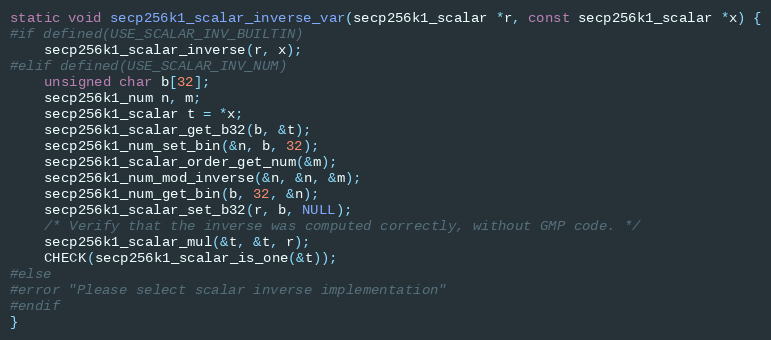
Language: C
static void secp256k1_scalar_inverse_var(secp256k1_scalar *r, const secp256k1_scalar *x) {
#if defined(USE_SCALAR_INV_BUILTIN)
    secp256k1_scalar_inverse(r, x);
#elif defined(USE_SCALAR_INV_NUM)
    unsigned char b[32];
    secp256k1_num n, m;
    secp256k1_scalar t = *x;
    secp256k1_scalar_get_b32(b, &t);
    secp256k1_num_set_bin(&n, b, 32);
    secp256k1_scalar_order_get_num(&m);
    secp256k1_num_mod_inverse(&n, &n, &m);
    secp256k1_num_get_bin(b, 32, &n);
    secp256k1_scalar_set_b32(r, b, NULL);
    /* Verify that the inverse was computed correctly, without GMP code. */
    secp256k1_scalar_mul(&t, &t, r);
    CHECK(secp256k1_scalar_is_one(&t));
#else
#error "Please select scalar inverse implementation"
#endif
}